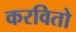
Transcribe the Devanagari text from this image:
करवितो